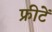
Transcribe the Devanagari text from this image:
फ्रीटें